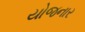
યોજનાર